Annual statistical returns and brief notes on vaccination in Bengal - 1887-1898
Year: 1887
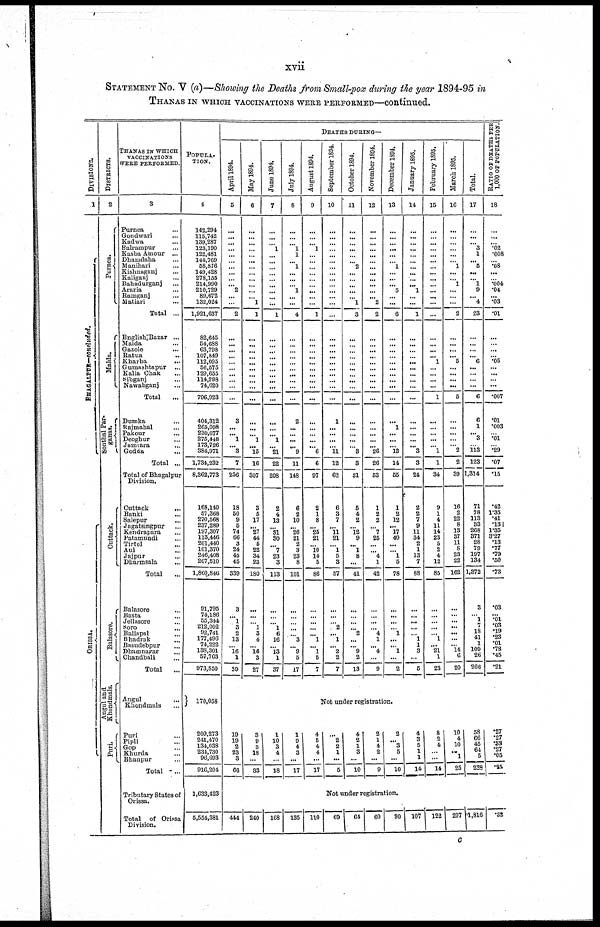
xvii
STATEMENT No. V (a)—Showing the Deaths from Small-pox during the year 1894-95 in
THANAS IN WHICH VACCINATIONS WERE PERFORMED—continued.
DIVISIONS.
1
BHAGALPUR—concluded.
ORISSA.
DISTRICTS.
2
Purnea.
Malda.
Sonthal Par-
ganas.
Cuttack.
Balasore.
Angul and
Khondmals.
Puri
THANAS IN WHICH
VACCINATIONS
WERE PERFORMED.
3
Purnea ...
Gondwari ...
Kadwa ...
Balrampur ...
Kasba Amour ...
Dhamdaha ...
Manihari
...
Kishnaganj ...
Kaliganj ...
Bahadurganj ...
Araria ...
Ramganj ...
Matiari
...
Total ...
English Bazar ...
Malda ...
Gazole
...
Ratua ...
Kharba
...
Gumashtapur ...
Kalia Chak ...
Sibganj ...
Nawabganj ...
Total ...
Dumka ...
Rajmanal ...
Pakour ...
Deoghur ...
Jamiara ...
Godda ...
Total ...
Total of Bhagalpur
Division.
Cuttack
...
Banki ...
Salepur ...
Jagatsingpur ...
Kendrapara ...
Patamundi ...
Tirtol ...
Aul ...
Jaipur ...
Dharmsala
...
Total ...
Balasore ...
Basta ...
Jellasore ...
Soro ...
Baliapal ...
Bhadrak ...
Basudebpur ...
Dhamnagar ...
Chandbali ...
Total ...
Angul ...
Khondmals ...
Puri ...
Pipli ...
Gop ...
Khurda ...
Bhanpur ...
Total
...
Tributary States of
Orissa.
Total of Orissa
Division.
POPULA-
----.
4
142,294
115,742
139,287
123,190
122,481
144,769
58,876
149,428
278,155
214,990
210,729
89,672
132,024
1,921,637
82,645
54,688
63,798
107,849
112,095
56,575
129,655
114,998
74,620
796,923
404,312
265,098
230,677
275,448
173,726
384,971
1,734,232
8,362,773
168,140
57,368
270,568
237,289
197,307
113,446
201,440
101,370
246,408
267,510
1,860,846
91,795
74,186
55,344
212,002
92,741
177,496
74,222
138,301
57,763
973,850
170,058
209,273
241,470
134,038
234,730
96,693
916,204
1,633,423
5,554,381
DEATHS DURING—
April 1894.
5
...
...
...
...
...
...
...
...
...
...
2
...
...
2
...
... ...
...
...
...
...
...
...
...
3
...
...
1
... 3
7
236
18
50
9
5
74
66
3
24
45
45
339
3
...
1
3
2
13
...
16
1
39
May 1894.
6
...
...
...
...
...
...
...
...
...
...
...
...
1
1
...
...
...
...
...
...
...
...
...
...
...
...
...
1
...
15
16
307
3
5
17
...
27
44
5
22
34
23
180
...
...
...
1
3
4
...
16
3
27
June 1894.
7
...
...
...
1
...
...
...
...
...
...
...
...
...
1
...
...
...
...
...
...
...
...
...
...
...
...
... 1
...
21
22
208
2
4
13
...
31
30
...
7
23
3
113
...
...
...
1
6
16
...
13
1
37
July 1894.
8
...
...
...
1
1
...
1
...
...
...
1
...
...
4
...
...
...
...
...
...
...
...
...
...
2
...
...
...
...
9
11
148
6
2
10
...
26
21
2
3
23
8
101
...
...
...
...
...
3
...
9
5
17
August 1894.
9
...
...
...
1
...
...
...
...
...
...
...
...
...
1
...
...
...
...
...
...
...
...
...
...
...
...
...
...
...
6
6
97
2
1
8
...
25
21
...
10
14
5
86
...
...
...
...
...
1
...
1
5
7
September 1894.
10
...
...
...
...
...
...
...
...
...
...
...
...
...
...
...
...
...
...
...
...
...
...
...
...
1
...
...
...
...
11
12
62
6
3
7
...
11
21
...
1
5
3
57
...
...
...
2
...
1
...
2
2
7
October 1894.
11
...
...
...
...
...
... 2
...
...
...
...
... 1
3
...
...
...
...
...
...
...
...
...
...
...
...
...
...
...
3
3
31
5
4
2
...
12
9
...
1
8
...
41
...
...
...
...
2
...
...
9
2
13
November 1894.
12
...
...
...
...
...
...
...
...
... ...
...
... 2
2
...
...
...
...
...
...
...
...
...
...
...
...
...
...
...
26
26
53
1
2
2
...
7
25
...
...
4
1
42
...
...
...
...
4
1
...
4
...
9
December 1894.
13
...
...
...
...
...
...
1
...
...
...
5
...
...
6
...
...
...
...
...
...
...
...
...
...
...
1
...
...
...
13
14
55
1
2
12
...
17
40
...
...
1
5
78
...
...
...
...
1
...
...
1
...
2
January 1895.
14
...
...
...
...
...
...
...
...
...
...
...
...
...
1
...
...
...
...
...
... ...
...
...
...
...
...
...
...
...
3
3
24
2
2
7
9
11
34
2
1
13
7
88
...
...
...
...
...
1
1
3
...
5
February 1895.
15
...
...
...
...
...
...
...
...
...
...
...
...
...
...
...
...
...
...
1
...
...
...
...
1
...
...
...
...
...
1
1
34
9
1
4
11
14
23
5
2
4
12
85
...
...
...
...
...
1
...
21
1
23
March 1895.
16
...
...
...
...
...
...
1
...
...
1
...
...
...
2
...
...
...
...
5
...
...
...
...
5
...
...
...
...
... 2
2
39
16
2
22
8
13
37
11
8
23
22
162
...
...
...
...
...
...
... 14
6
20
Total.
17
...
...
...
3
1
...
5
...
...
1
9
...
4
23
...
...
...
...
6
...
...
...
...
6
6
1
...
3
...
113
123
1,314
71
78
113
33
268
371
28
79
197
134
1,272
3
...
1
7
18
41
1
109
26
206
RATIO OF DEATHS PER
1,000 OF POPULATION.
18
...
...
...
.02
.008
...
.08
...
...
.004
.04
...
.03
.01
...
... ...
...
.05
...
...
...
...
.007
.01
.003
...
.01
...
.29
.07
.15
.42
1.35
.41
.13
1.35
3.27
.13
.77
.79
.50
.73
.03
... .01
.03
.19
.23
.01
.78
.45
.21
Not under registration.
19
19
2
23
3
66
3
9
3
18
...
33
1
10
3
4
...
18
1
9
4
3
...
17
4
5
4
4
...
17
...
2
2
1
...
5
4
2
1
3
...
10
2
1
4
2
...
9
2
... 3
5
...
10
4
3
5
1
1
14
8
2
4
...
...
14
10
4
10
...
1
25
58
66
45
64
5
238
.27
.27
.33 .27
.05
.25
Not under registration.
444 240
168 135 110
69
64
60
90
107 122
207 1,816
.32
c